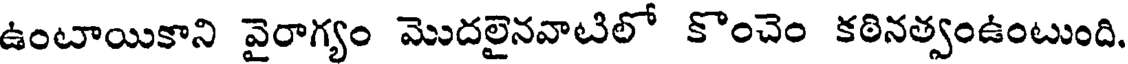
ఉంటాయికాని వైరాగ్యం మొదలైనవాటిలో కొంచెం కఠినత్వంఉంటుంది